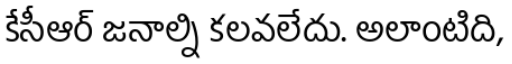
కేసీఆర్ జనాల్ని కలవలేదు. అలాంటిది,